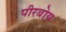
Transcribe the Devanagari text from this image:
पीरबोय